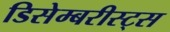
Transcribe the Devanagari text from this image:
डिसेम्बरीस्ट्स